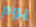
يوم